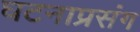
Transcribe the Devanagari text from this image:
घटनाप्रसंग